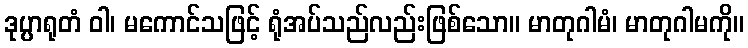
ဒုပ္ပာရုတံ ဝါ၊ မကောင်သဖြင့် ရုံအပ်သည်လည်းဖြစ်သော။ မာတုဂါမံ၊ မာတုဂါမကို။